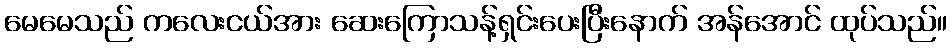
မေမေသည် ကလေးငယ်အား ဆေးကြောသန့်ရှင်းပေးပြီးနောက် အန်အောင် ထုပ်သည်။